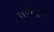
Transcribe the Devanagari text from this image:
तर्कसूत्र